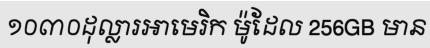
១០៣០ដុល្លារអាមេរិក ម៉ូដែល 256GB មាន